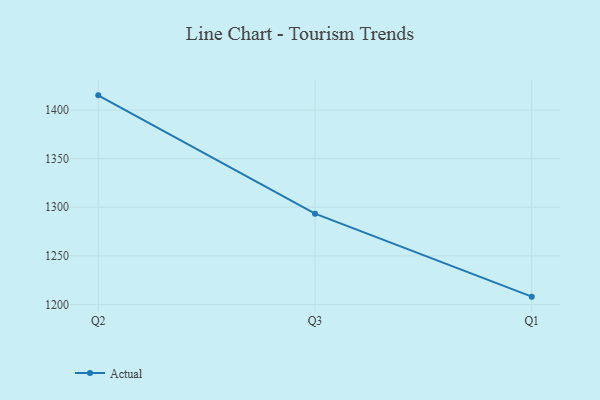
{"axis": {"x": "Quarter", "y": "Website Visitors"}, "legend": ["Actual"], "data": [{"x": "Q2", "y": 1415.1, "type": "Actual"}, {"x": "Q3", "y": 1293.4, "type": "Actual"}, {"x": "Q1", "y": 1208.0, "type": "Actual"}]}